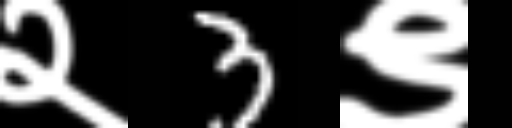
Text: २3९